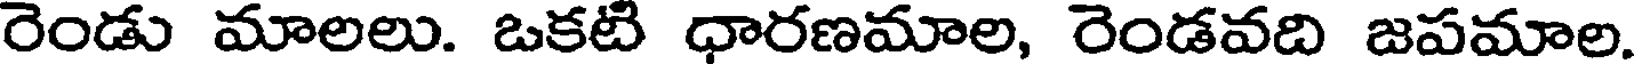
రెండు మాలలు. ఒకటి ధారణమాల, రెండవది జపమాల.